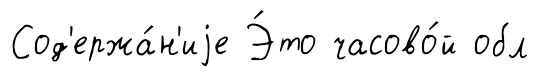
Сод'ержа́н'иjе Э́то часово́й обл